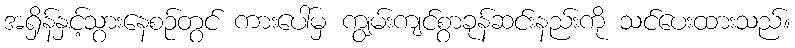
အရှိန်နှင့်သွားနေစဉ်တွင် ကားပေါ်မှ ကျွမ်းကျင်စွာခုန်ဆင်းနည်းကို သင်ပေးထားသည်။